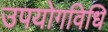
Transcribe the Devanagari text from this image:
उपयोगविधि